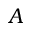
A